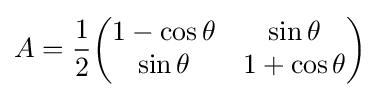
A={\frac {1}{2}}{\begin{pmatrix}1-\cos \theta &\sin \theta \\\sin \theta &1+\cos \theta \end{pmatrix}}